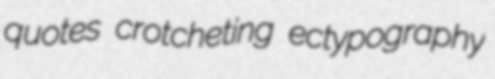
quotes crotcheting ectypography